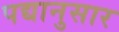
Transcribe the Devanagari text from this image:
पद्यानुसार